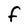
Character: f